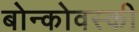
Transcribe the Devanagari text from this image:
बोन्कोवस्की